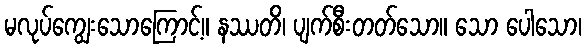
မလုပ်ကျွေးသောကြောင့်။ နဿတိ၊ ပျက်စီးတတ်သော။ သော ပေါသော၊